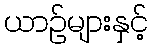
ယာဉ်များနှင့်